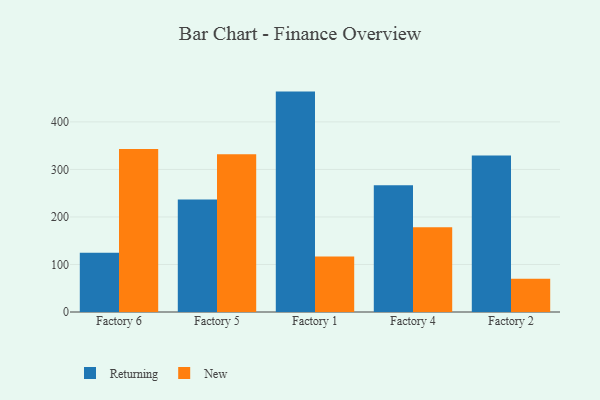
{"axis": {"x": "Factory", "y": "Inventory Turnover"}, "legend": ["New", "Returning"], "data": [{"x": "Factory 6", "y": 124.9, "type": "Returning"}, {"x": "Factory 6", "y": 343.0, "type": "New"}, {"x": "Factory 5", "y": 236.8, "type": "Returning"}, {"x": "Factory 5", "y": 332.1, "type": "New"}, {"x": "Factory 1", "y": 463.8, "type": "Returning"}, {"x": "Factory 1", "y": 116.8, "type": "New"}, {"x": "Factory 4", "y": 266.7, "type": "Returning"}, {"x": "Factory 4", "y": 178.1, "type": "New"}, {"x": "Factory 2", "y": 329.4, "type": "Returning"}, {"x": "Factory 2", "y": 69.9, "type": "New"}]}